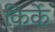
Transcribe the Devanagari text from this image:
किर्के